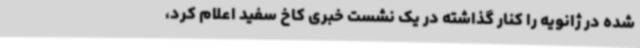
شده در ژانویه را کنار گذاشته در یک نشست خبری کاخ سفید اعلام کرد،